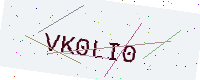
Text: VK0LI0